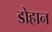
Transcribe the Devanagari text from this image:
डोहान